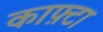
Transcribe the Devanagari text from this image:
काफ़्टा